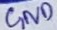
Text: GND